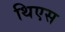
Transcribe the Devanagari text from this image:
थिएस